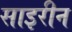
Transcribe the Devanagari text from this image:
साइरीन